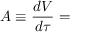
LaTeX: A \equiv { \frac { d V } { d \tau } } =